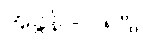
အခွန် - ၁၅%